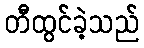
တီထွင်ခဲ့သည်